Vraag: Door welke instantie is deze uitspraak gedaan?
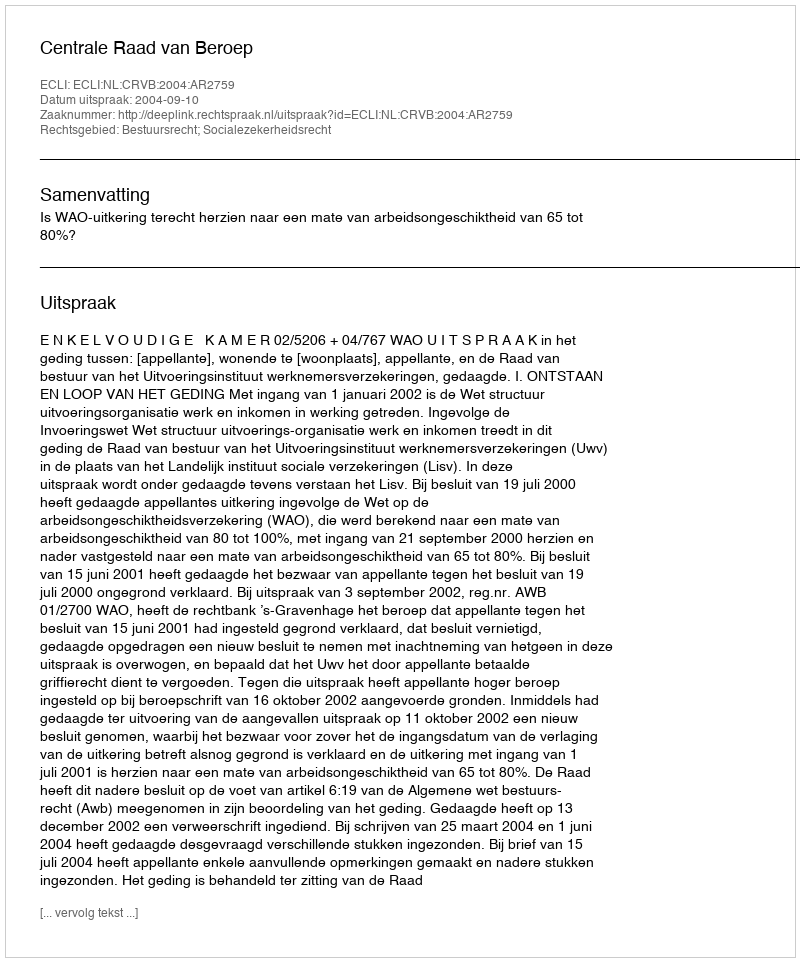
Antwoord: Centrale Raad van Beroep